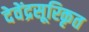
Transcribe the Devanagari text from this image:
देवेंद्रसूरिकृत